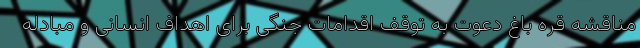
مناقشه قره باغ دعوت به توقف اقدامات جنگی برای اهداف انسانی و مبادله